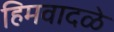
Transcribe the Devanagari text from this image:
हिमवादळे